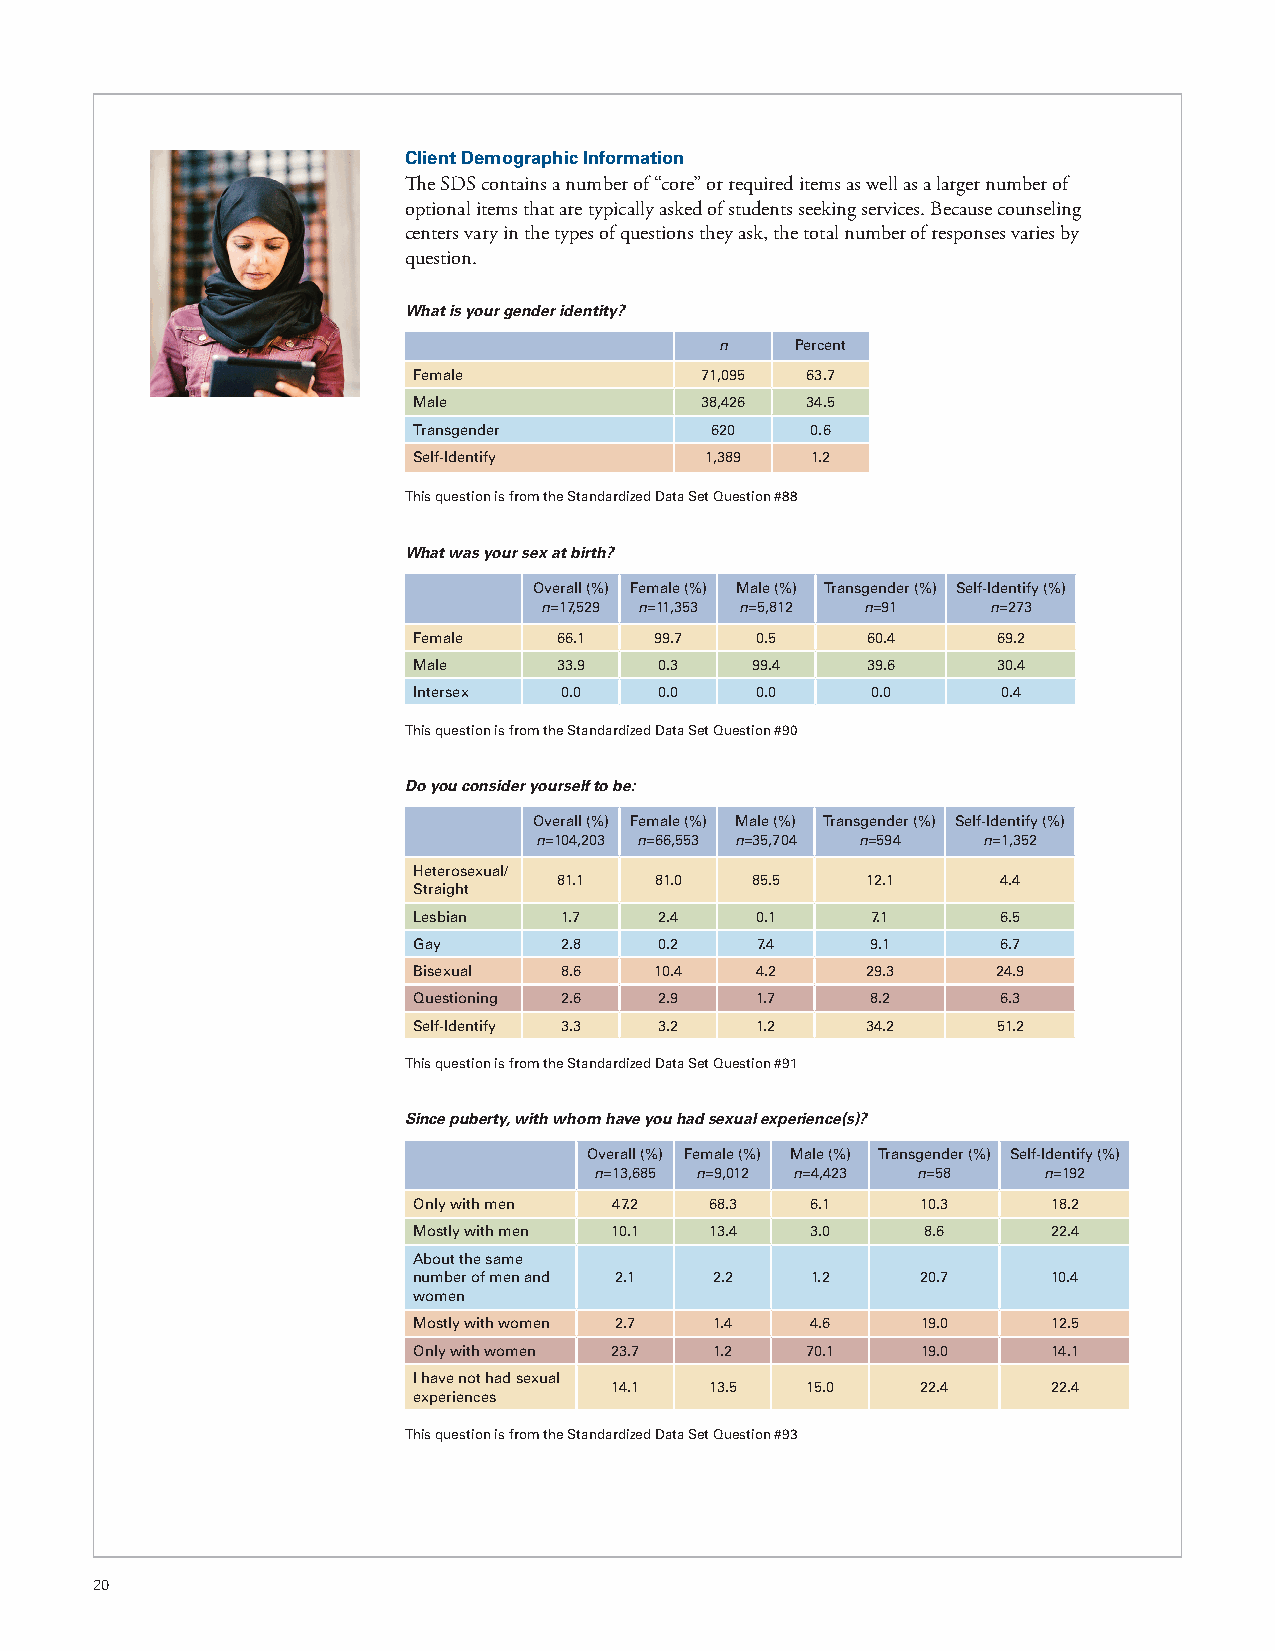
Client Demographic Information
 The SDS contains a number of “core” or required items as well as a larger number of
 optional items that are typically asked of students seeking services. Because counseling
 centers vary in the types of questions they ask, the total number of responses varies by
 question.
 What is your gender identity?
 n    Percent
 Female             71,095 63.7
 Male               38,426 34.5
 Transgender         620    0.6
 Self-Identify       1,389  1.2
 This question is from the Standardized Data Set Question #88
 What was your sex at birth?
 Overall (%) Female (%) Male (%) Transgender (%) Self-Identify (%)
 n=17,529 n=11,353 n=5,812 n=91 n=273
 Female    66.1  99.7   0.5    60.4     69.2
 Male      33.9   0.3   99.4   39.6     30.4
 Intersex  0.0    0.0   0.0     0.0     0.4
 This question is from the Standardized Data Set Question #90
 Do you consider yourself to be:
 Overall (%) Female (%) Male (%) Transgender (%) Self-Identify (%)
 n=104,203 n=66,553 n=35,704 n=594 n=1,352
 Heterosexual/
 81.1  81.0   85.5   12.1     4.4
 Straight
 Lesbian   1.7    2.4   0.1     7.1     6.5
 Gay       2.8    0.2   7.4     9.1     6.7
 Bisexual  8.6   10.4   4.2    29.3     24.9
 Questioning 2.6  2.9   1.7     8.2     6.3
 Self-Identify 3.3 3.2  1.2    34.2     51.2
 This question is from the Standardized Data Set Question #91
 Since puberty, with whom have you had sexual experience(s)?
 Overall (%) Female (%) Male (%) Transgender (%) Self-Identify (%)
 n=13,685 n=9,012 n=4,423 n=58 n=192
 Only with men 47.2  68.3   6.1    10.3     18.2
 Mostly with men 10.1 13.4  3.0    8.6      22.4
 About the same
 number of men and 2.1 2.2  1.2    20.7     10.4
 women
 Mostly with women 2.7 1.4  4.6    19.0     12.5
 Only with women 23.7 1.2  70.1    19.0     14.1
 I have not had sexual
 14.1   13.5  15.0    22.4     22.4
 experiences
 This question is from the Standardized Data Set Question #93
 20